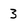
Character: 3